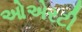
ઓએરટી